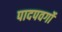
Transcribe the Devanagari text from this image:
पादपवर्गो